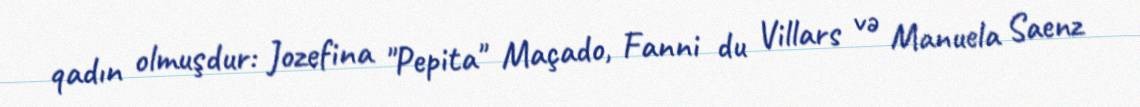
qadın olmuşdur: Jozefina "Pepita" Maçado, Fanni du Villars və Manuela Saenz